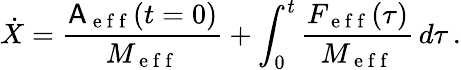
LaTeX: \dot{X}=\frac{\mathsf{A}_{\mathrm{~e~f~f~}}(t=0)}{M_{\mathrm{~e~f~f~}}}+\int_{0}^{t}\frac{F_{\mathrm{~e~f~f~}}(\tau)}{M_{\mathrm{~e~f~f~}}}\, d\tau\, .